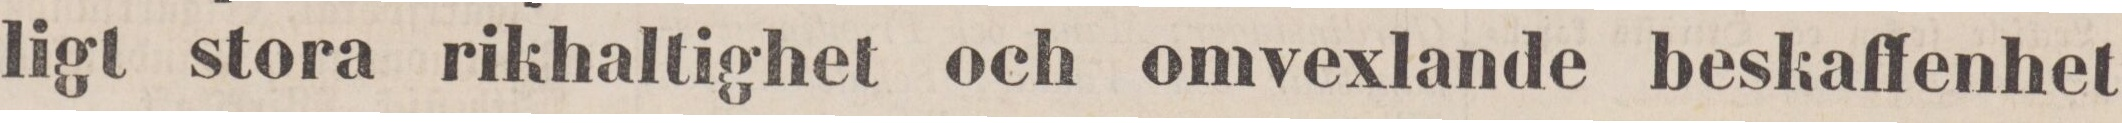
ligt stora rikhaltighet och omvexlande beskaffenhet